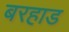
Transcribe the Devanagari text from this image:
बरहाड